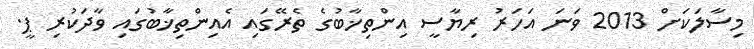
މިސާލަކަށް 2013 ވަނަ އަހަރު ރިޔާސީ އިންތިޚާބުގެ ތެރޭގައި އެއިންތިޚާބުގައި ވާދަކުރި ޕީ.